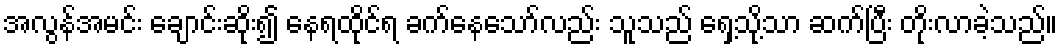
အလွန်အမင်း ချောင်းဆိုး၍ နေရထိုင်ရ ခက်နေသော်လည်း သူသည် ရှေ့သို့သာ ဆက်ပြီး တိုးလာခဲ့သည်။